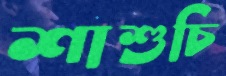
শাশুচি